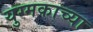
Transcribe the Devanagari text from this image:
युग्मकाच्या